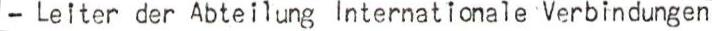
- Leiter der Abteilung Internationale Verbindungen